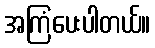
အကြံပေးပါတယ်။